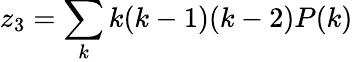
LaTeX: z_{3}=\sum_{k}k(k-1)(k-2)P(k)